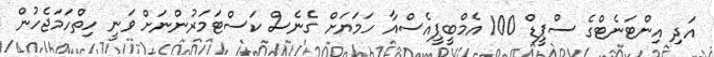
އަދި އިންޓަނެޓްގެ ސްޕީޑް 100 އެމްބީޕީއެސްއާ ހަމަޔަށް ގެނެސް ކަސްޓަމަރުންނަށް ވަނީ ހިތްހަމަޖެހުން